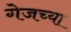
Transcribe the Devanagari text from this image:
गेजच्या